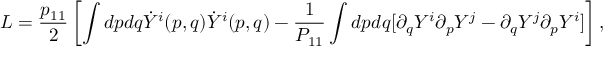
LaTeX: { \cal L } = \frac { p _ { 1 1 } } { 2 } \left[ \int d p d q \dot { Y } ^ { i } ( p , q ) \dot { Y } ^ { i } ( p , q ) - \frac { 1 } { P _ { 1 1 } } \int d p d q [ \partial _ { q } Y ^ { i } \partial _ { p } Y ^ { j } - \partial _ { q } Y ^ { j } \partial _ { p } Y ^ { i } ] \right] ,